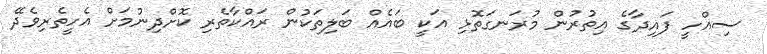
ސިއްހީ ފައިދާގެ އިތުރުން މުރަނގަތޮޅި އަކީ ބައެއް ބަލިތަކުން ރައްކާތެރި ކޮށްދިނުމަށް އެހީތެރިވެދޭ